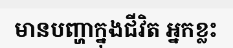
មានបញ្ហាក្នុងជីវិត អ្នកខ្លះ